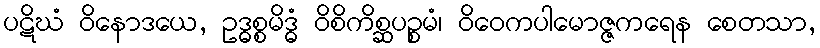
ပဋိဃံ ဝိနောဒယေ, ဥဒ္ဓစ္စမိဒ္ဓံ ဝိစိကိစ္ဆပဉ္စမံ၊ ဝိဝေကပါမောဇ္ဇကရေန စေတသာ,